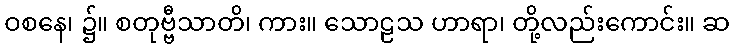
ဝစနေ၊ ၌။ စတုဗ္ဗီသာတိ၊ ကား။ သောဠသ ဟာရာ၊ တို့လည်းကောင်း။ ဆ